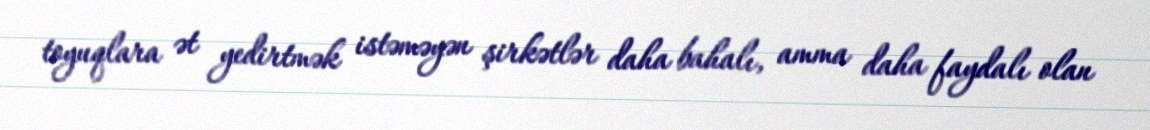
toyuqlara ət yedirtmək istəməyən şirkətlər daha bahalı, amma daha faydalı olan